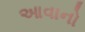
આવાનો